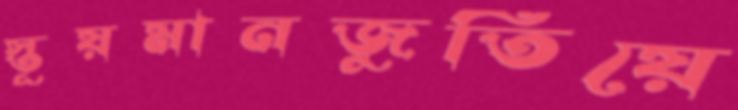
স্তূয়মানজুতিয়ে